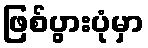
ဖြစ်ပွားပုံမှာ